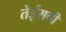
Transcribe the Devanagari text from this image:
तेईसवी